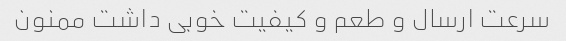
سرعت ارسال و طعم و کیفیت خوبی داشت ممنون